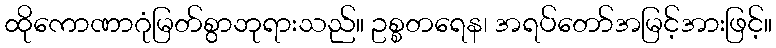
ထိုကောဏာဂုံမြတ်စွာဘုရားသည်။ ဥစ္စတရေန၊ အရပ်တော်အမြင့်အားဖြင့်။